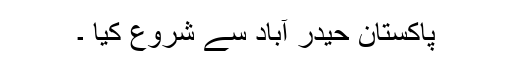
پاکستان حیدر آباد سے شروع کیا ۔